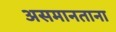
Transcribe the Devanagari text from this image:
असमानताना